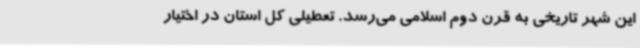
این شهر تاریخی به قرن دوم اسلامی می‌رسد. تعطیلی کل استان در اختیار